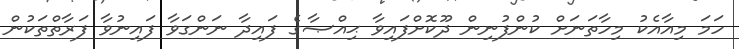
ހަމަ މިއާއެކު މިހާތަނަށް ކުންފުނިން ދޫކޮށްފައިވާ ޙިއްޞާގެ ފައިދާ ނަންގަވާ ފައިނުވާ ފަރާތްތަކުން